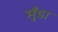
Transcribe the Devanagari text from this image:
मुँडा